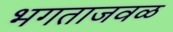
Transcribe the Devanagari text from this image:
भगताजवळ